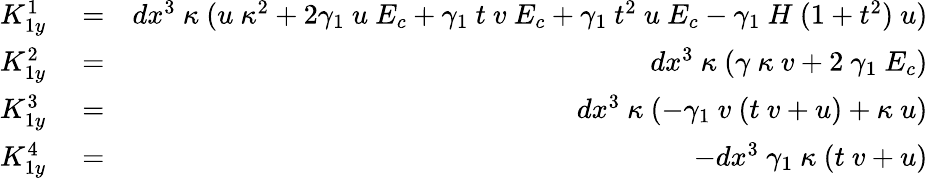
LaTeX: \begin{array}{rlr}{K_{1y}^{1}}&{{}=}&{dx^{3}~\kappa~(u~\kappa^{2}+2\gamma_{1}~u~E_{c}+\gamma_{1}~t~v~E_{c}+\gamma_{1}~t^{2}~u~E_{c}-\gamma_{1}~H~(1+t^{2})~u)}\\ {K_{1y}^{2}}&{{}=}&{dx^{3}~\kappa~(\gamma~\kappa~v+2~\gamma_{1}~E_{c})}\\ {K_{1y}^{3}}&{{}=}&{dx^{3}~\kappa~(-\gamma_{1}~v~(t~v+u)+\kappa~u)}\\ {K_{1y}^{4}}&{{}=}&{-dx^{3}~\gamma_{1}~\kappa~(t~v+u)}\end{array}